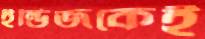
ইন্ডিজকেই